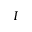
I